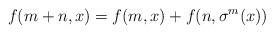
LaTeX: \begin{align*}f(m+n,x) = f(m,x) + f(n,\sigma^m(x))\quad\end{align*}